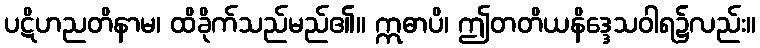
ပဋိဟညတိနာမ၊ ထိခိုက်သည်မည်၏။ ဣဓာပိ၊ ဤတတိယနိဒ္ဒေသဝါရ၌လည်း။